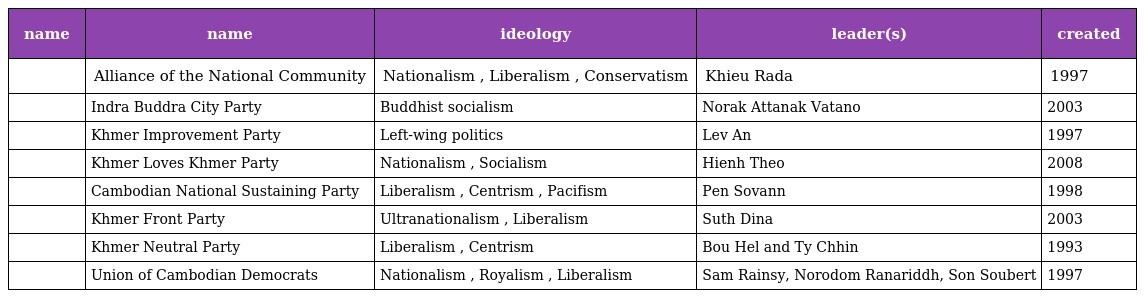
| name | name | ideology | leader(s) | created |
 | --- | --- | --- | --- | --- |
 |  | Alliance of the National Community | Nationalism , Liberalism , Conservatism | Khieu Rada | 1997 |
 |  | Indra Buddra City Party | Buddhist socialism | Norak Attanak Vatano | 2003 |
 |  | Khmer Improvement Party | Left-wing politics | Lev An | 1997 |
 |  | Khmer Loves Khmer Party | Nationalism , Socialism | Hienh Theo | 2008 |
 |  | Cambodian National Sustaining Party | Liberalism , Centrism , Pacifism | Pen Sovann | 1998 |
 |  | Khmer Front Party | Ultranationalism , Liberalism | Suth Dina | 2003 |
 |  | Khmer Neutral Party | Liberalism , Centrism | Bou Hel and Ty Chhin | 1993 |
 |  | Union of Cambodian Democrats | Nationalism , Royalism , Liberalism | Sam Rainsy, Norodom Ranariddh, Son Soubert | 1997 |